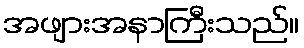
အဖျားအနာကြီးသည်။